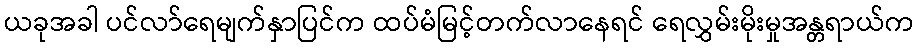
ယခုအခါ ပင်လာ်ရေမျက်နှာပြင်က ထပ်မံမြင့်တက်လာနေရင် ရေလွှမ်းမိုးမှုအန္တရာယ်က